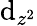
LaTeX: \mathrm{d}_{z^{2}}